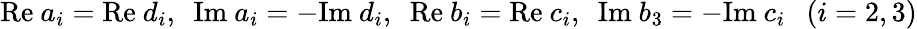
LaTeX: \mathrm{Re}~a_{i}=\mathrm{Re}~d_{i},~~\mathrm{Im}~a_{i}=-\mathrm{Im}~d_{i},~~\mathrm{Re}~b_{i}=\mathrm{Re}~c_{i},~~\mathrm{Im}~b_{3}=-\mathrm{Im}~c_{i}~~~(i=2,3)